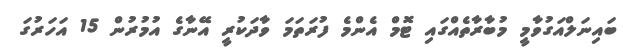
ބައިނަލްއަގުވާމީ މުބާރާތެއްގައި ޓޮމް އެންމެ ފުރަތަމަ ވާދަކުރީ އޭނާގެ އުމުރުން 15 އަހަރުގަ